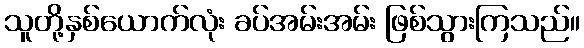
သူတို့နှစ်ယောက်လုံး ခပ်အမ်းအမ်း ဖြစ်သွားကြသည်။